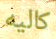
كاليه